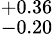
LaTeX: ^{+0.36}_{-0.20}